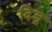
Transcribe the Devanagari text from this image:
दिजु